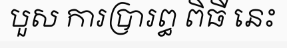
បួស ការប្រារព្ធ ពិធី នេះ